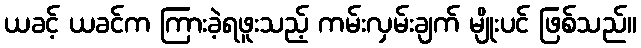
ယခင့် ယခင်က ကြားခဲ့ရဖူးသည့် ကမ်းလှမ်းချက် မျိုးပင် ဖြစ်သည်။